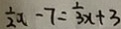
\frac { 1 } { 2 } x - 7 = \frac { 1 } { 3 } x + 3